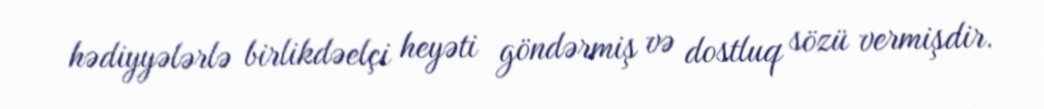
hədiyyələrlə birlikdəelçi heyəti göndərmiş və dostluq sözü vermişdir.